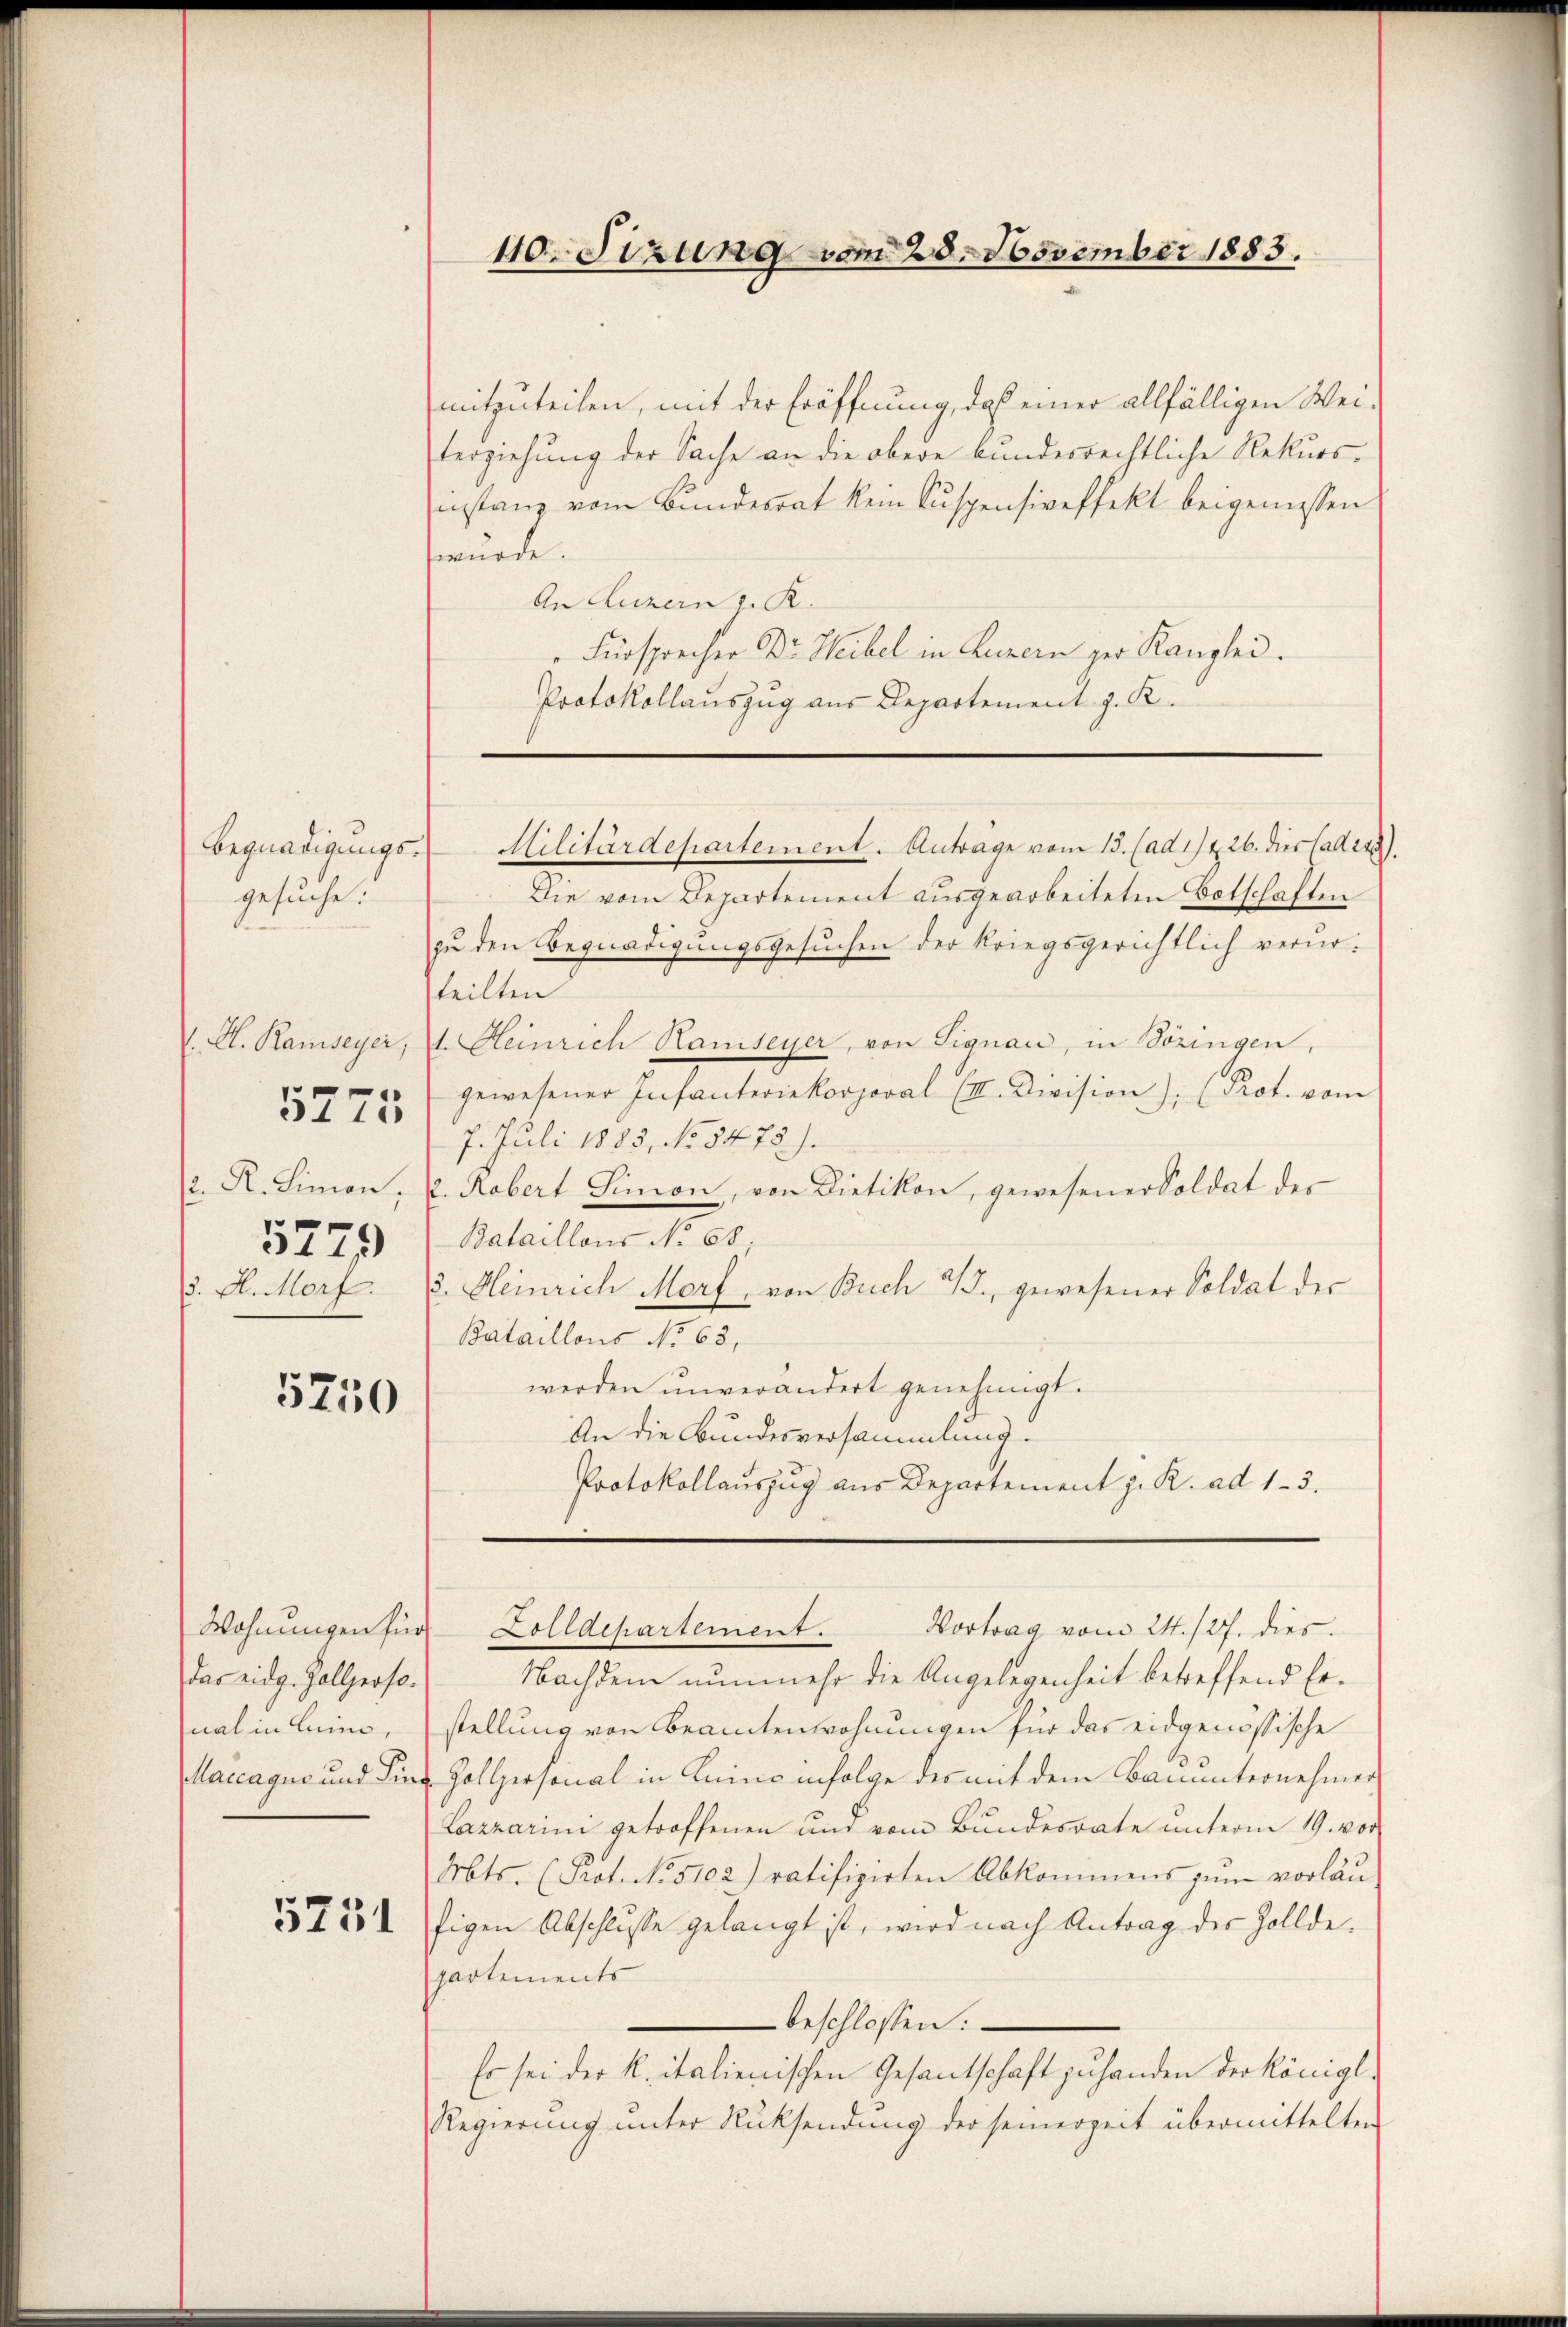
110. Sizung vom 28. November 1883.

mitzuteilen, mit der Eröffnung, daß einer allfälligen Weiterziehung der Sache an die obere bundesrechtliche Rekursinstanz vom Bundesrat kein Suspensiveffekt beigemessen
wurde.
An Luzern z. R.
Fürsprecher Dr. Heibel in Luzern ger Kanzlei.
Protokollauszug aus Departement J. K.

Militärdepartement. Anträge vom 15. (ad 172. 26. dies Cad. 229).

Die vom Departement ausgearbeiteten Botschaften
zu den Begnadigungsgesŭchen der Kriegsgerichtlich verurteilten
1. Heinrich Hanseyer, von Signau, in Sozingen,
gewesener Infanteriekorporal (III. Division), (Prot. vom
7. Juli 1885, No 5472).
2. Robert Simon, von Dietikon, gewesener Soldat des
Bataillons No 68.
3. Heinrich Morf, von Buch 3., gewesener Soldat der
Bataillons No 63,
werden unverändert genehmigt.
An die Bundesversammlung.
Protokollauszug aus Departement z. R. ad 13.

Begnadigungsgesuche.

Kl. Ramseyer,
P. R. Limon,
5779
3. A. Morf.

5775

5750

Nachdem nunmehr die Angelegenheit betreffend Erstellung von Beamtenwohnungen für das eidgenössische
Marcague und Lina Zollpersonal in Luino infolge des mit dem Bauunternehmen
Lazzarini getroffenen und vom Bundesrate unterm 19. vor
Mts. (Prot. No. 5102) ratifizirten Abkommens zum vorläu
figen Abschlusse gelangt ist, wird nach Antrag des Zolldepartements
beschlossen:
Es sei der K. italienischen Gesantschaft zu handen der Königl.
Regierung unter Rücksendung der seinerzeit übermittelten

Vortrag vom 24. /27. dies
Wohnungen für Zolldepartement.

das eidg. Zollperso
nal in Luino

5751